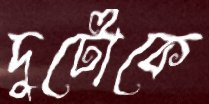
দুটোকে